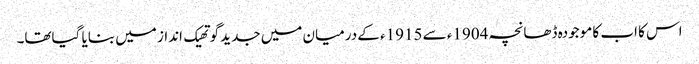
اس کا اب کا موجودہ ڈھانچہ 1904ء سے 1915ء کے درمیان میں جدید گوتھیک انداز میں بنایا گیاتھا۔